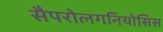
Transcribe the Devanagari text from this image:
सैपरोलगनियोसिस